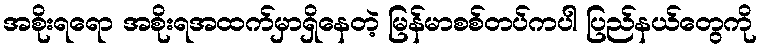
အစိုးရရော အစိုးရအထက်မှာရှိနေတဲ့ မြန်မာစစ်တပ်ကပါ ပြည်နယ်တွေကို